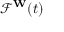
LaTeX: { \mathcal { F } } ^ { \mathbf { W } } ( t )